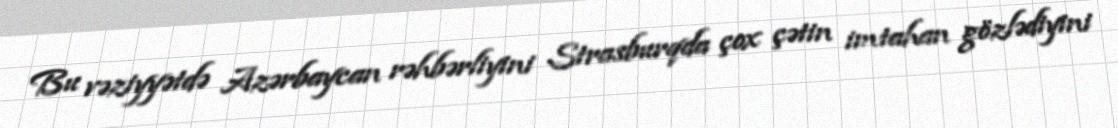
Bu vəziyyətdə Azərbaycan rəhbərliyini Strasburqda çox çətin imtahan gözlədiyini